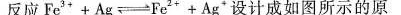
反应$$F e ^{ 3 } + A g \rightleftharpoons F e ^{ 2 } + A g ^ { 4 }设计成如图所示的原